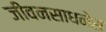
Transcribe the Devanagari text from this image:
जीवनसाधनेस